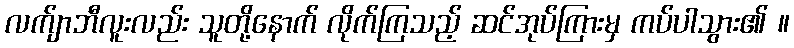
လက်ျာဘီလူးလည်း သူတို့နောက် လိုက်ကြသည့် ဆင်အုပ်ကြားမှ ကပ်ပါသွား၏ ။